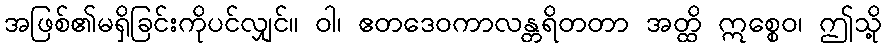
အဖြစ်၏မရှိခြင်းကိုပင်လျှင်။ ဝါ၊ ဧတဒေဝကာလန္တရိတတာ အတ္ထိ ဣစ္စေဝ၊ ဤသို့